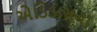
એડિડાસના